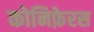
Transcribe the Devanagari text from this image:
कोनिफ़ेरस